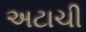
અટાચી